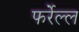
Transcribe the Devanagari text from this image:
फर्रेल्ल